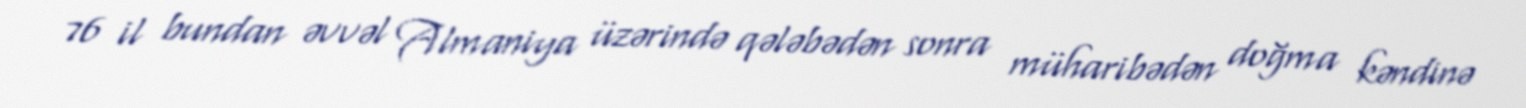
76 il bundan əvvəl Almaniya üzərində qələbədən sonra müharibədən doğma kəndinə